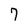
Character: 7